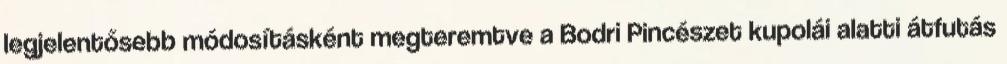
legjelentősebb módosításként megteremtve a Bodri Pincészet kupolái alatti átfutás